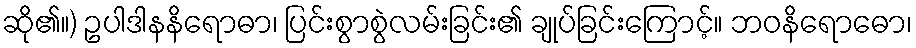
ဆို၏။) ဥပါဒါနနိရောဓာ၊ ပြင်းစွာစွဲလမ်းခြင်း၏ ချုပ်ခြင်းကြောင့်။ ဘဝနိရောဓော၊